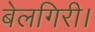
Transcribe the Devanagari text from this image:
बेलगिरी।